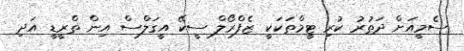
ސެމީއަށް ދަތުރު ކުރި ޓީމްތަކަކީ ޒެފްރޯލް ސީކޭ އީގަލްސް އިން ތްރީޑީ އަދި